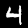
Label: 4